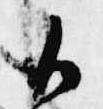
御